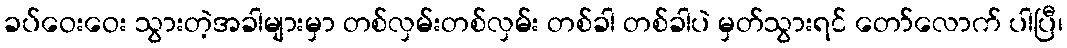
ခပ်ဝေးဝေး သွားတဲ့အခါများမှာ တစ်လှမ်းတစ်လှမ်း တစ်ခါ တစ်ခါပဲ မှတ်သွားရင် တော်လောက် ပါပြီ၊